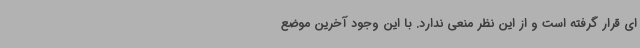
ای قرار گرفته است و از این نظر منعی ندارد. با این وجود آخرین موضع